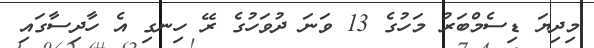
މިދިޔަ ޑިސެމްބަރު މަހުގެ 13 ވަނަ ދުވަހުގެ ރޭ ހިނގި އެ ހާދިސާގައި